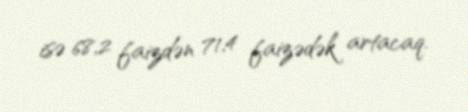
isə 68,2 faizdən 71,4 faizədək artacaq.